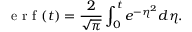
\mathrm { ~ e ~ r ~ f ~ } ( t ) = \frac { 2 } { \sqrt { \pi } } \int _ { 0 } ^ { t } e ^ { - \eta ^ { 2 } } d \eta .